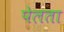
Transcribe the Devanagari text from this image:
पेलता